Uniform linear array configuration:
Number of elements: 48
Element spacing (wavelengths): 1
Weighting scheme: blackman
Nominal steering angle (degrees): -60
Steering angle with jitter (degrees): -61.576
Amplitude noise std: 0.05
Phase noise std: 0.05

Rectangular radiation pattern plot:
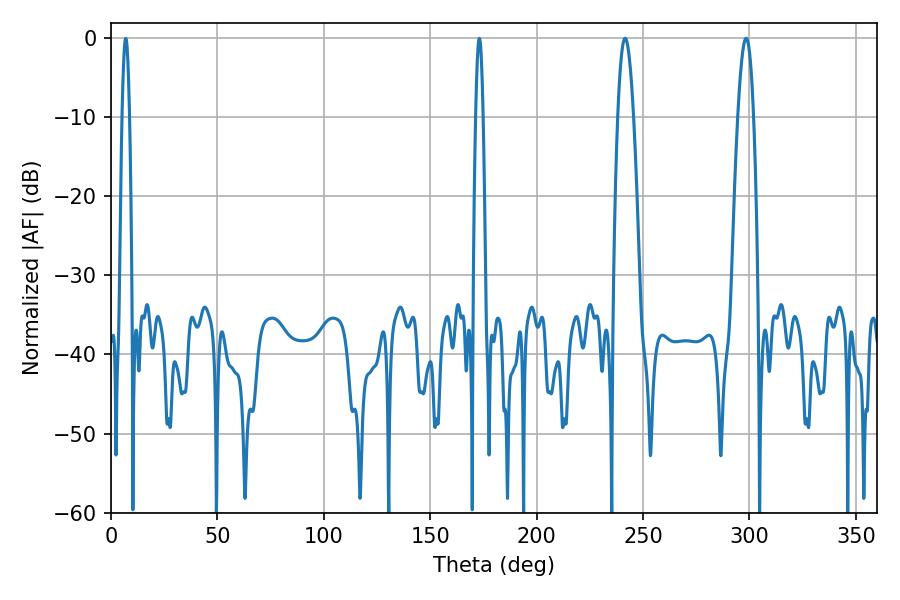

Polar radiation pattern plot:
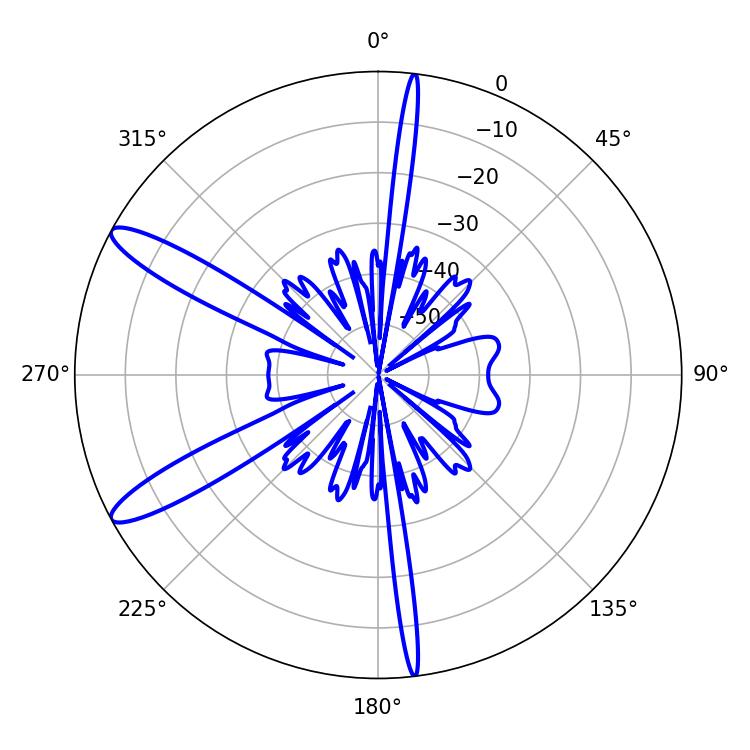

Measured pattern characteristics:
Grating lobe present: TRUE
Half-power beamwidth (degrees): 4.14
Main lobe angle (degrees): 241.56